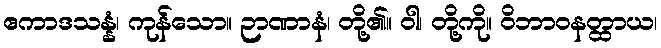
ဧကာဒသန္နံ၊ ကုန်သော။ ဉာဏာနံ၊ တို့၏။ ဝါ၊ တို့ကို။ ဝိဘာဝနတ္ထာယ၊